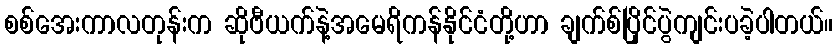
စစ်အေးကာလတုန်းက ဆိုဗီယက်နဲ့အမေရိကန်နိုင်ငံတို့ဟာ ချက်စ်ပြိုင်ပွဲကျင်းပခဲ့ပါတယ်။